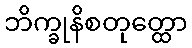
ဘိက္ခုနိစတုတ္ထော